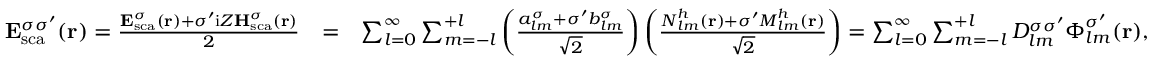
\begin{array} { r l r } { { \bf E } _ { \mathrm { { s c a } } } ^ { \sigma \sigma ^ { \prime } } ( { \bf r } ) = \frac { { \bf E } _ { \mathrm { s c a } } ^ { \sigma } ( { \bf r } ) + \sigma ^ { \prime } \mathrm { i } Z { \bf H } _ { \mathrm { s c a } } ^ { \sigma } ( { \bf r } ) } { 2 } } & { = } & { \sum _ { l = 0 } ^ { \infty } \sum _ { m = - l } ^ { + l } \left( \frac { { a _ { l m } ^ { \sigma } + \sigma ^ { \prime } b _ { l m } ^ { \sigma } } } { \sqrt { 2 } } \right) \left( \frac { { \boldsymbol { N } } _ { l m } ^ { h } ( { \bf r } ) + \sigma ^ { \prime } { \boldsymbol { M } } _ { l m } ^ { h } ( { \bf r } ) } { \sqrt { 2 } } \right) = \sum _ { l = 0 } ^ { \infty } \sum _ { m = - l } ^ { + l } D _ { l m } ^ { \sigma \sigma ^ { \prime } } \boldsymbol { \Phi } _ { l m } ^ { \sigma ^ { \prime } } ( { \bf r } ) , } \end{array}